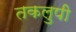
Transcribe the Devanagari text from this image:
तकलुपी